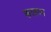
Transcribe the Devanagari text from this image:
करतव्य